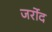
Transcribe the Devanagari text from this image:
जर्रोद